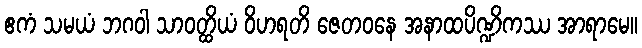
ဧကံ သမယံ ဘဂဝါ သာဝတ္ထိယံ ဝိဟရတိ ဇေတဝနေ အနာထပိဏ္ဍိကဿ အာရာမေ။